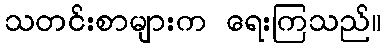
သတင်းစာများက ရေးကြသည်။